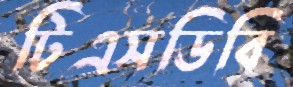
টিএসডিবি